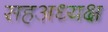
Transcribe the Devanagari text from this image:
सहअध्यक्ष